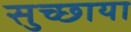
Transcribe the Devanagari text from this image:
सुच्छाया